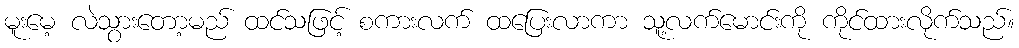
မူးမေ့ လဲသွားတော့မည် ထင်သဖြင့် စကားလက် ထပြေးလာကာ သူ့လက်မောင်းကို ကိုင်ထားလိုက်သည်။